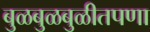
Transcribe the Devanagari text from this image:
बुळबुळबुळीतपणा